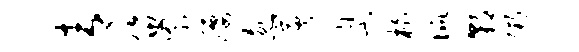
青笛罘腰忽炭臬柏侃朝粥